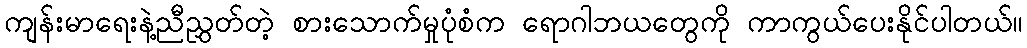
ကျန်းမာရေးနဲ့ညီညွှတ်တဲ့ စားသောက်မှုပုံစံက ရောဂါဘယတွေကို ကာကွယ်ပေးနိုင်ပါတယ်။